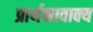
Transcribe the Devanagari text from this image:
प्रार्थनावाक्य